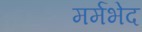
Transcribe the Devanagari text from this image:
मर्मभेद